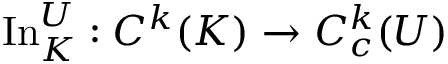
\operatorname { I n } _ { K } ^ { U } : C ^ { k } ( K ) \to C _ { c } ^ { k } ( U )